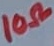
Text: 10Ω